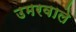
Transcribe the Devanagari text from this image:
उमरवाले